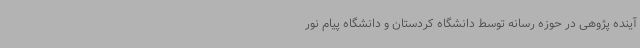
آینده پژوهی در حوزه رسانه توسط دانشگاه کردستان و دانشگاه پیام نور